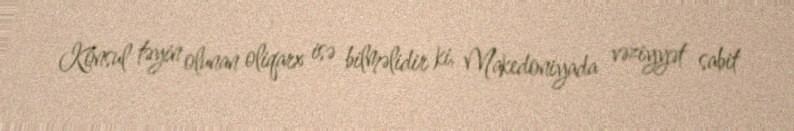
Konsul təyin olunan oliqarx isə bilməlidir ki, Makedoniyada vəziyyət sabit